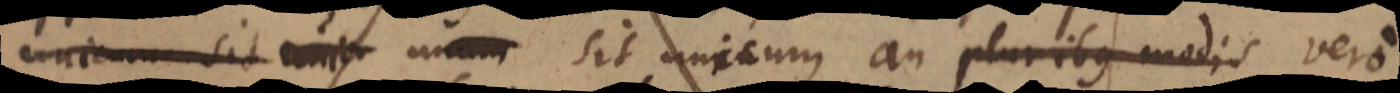
unicum sit unic unum sit unicum an pluribus modis vero